Source: Handwritten
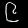
Digit: ၉ (9)